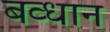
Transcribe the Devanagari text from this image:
बव्धान